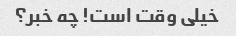
خیلی وقت است! چه خبر؟